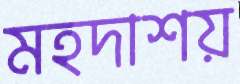
মহদাশয়